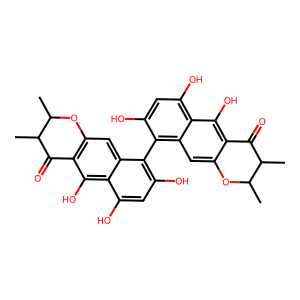
SMILES: CC1Oc2cc3c(-c4c(O)cc(O)c5c(O)c6c(cc45)OC(C)C(C)C6=O)c(O)cc(O)c3c(O)c2C(=O)C1C
Inhibits HIV replication: No